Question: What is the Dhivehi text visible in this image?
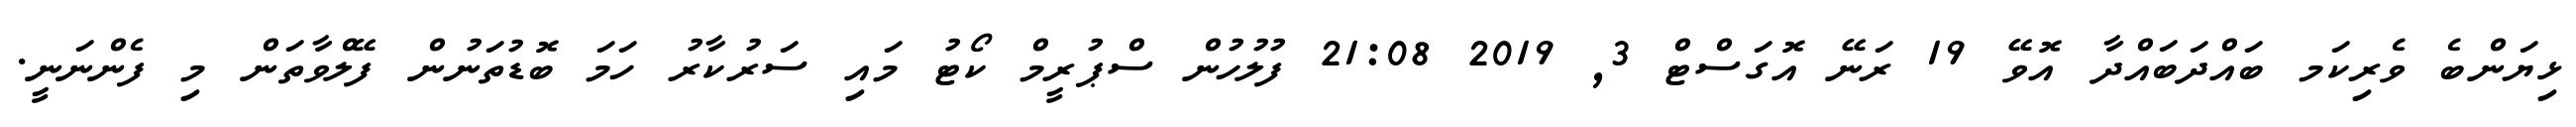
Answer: ޅިޔަންބެ ވެރިކަމ ބައްދަބައްދާ އޮވޭ 19 ރަނޭ އޮގަސްޓް 3, 2019 21:08 ފުލުހުން ސްޕުރީމް ކޯޓު މައި ސަރުކާރު ހަމަ ބޮޑުތަނުން ފޭލްވާތަން މި ފެންނަނީ.